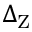
\Delta _ { \mathrm { Z } }